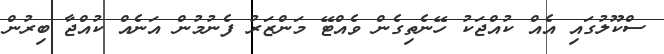
ސްކޫލުގައި އެއް ކުއްޖަކު ހޭނެތިގެން ވެއްޓޭ މަންޒަރު ފެނުމުން އަނެއް ކުއްޖާ ބިރުން